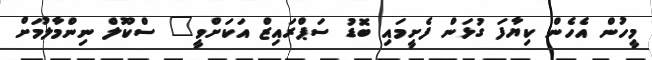
މީހުން އެހެން ކިޔާފަ ގުޅަން ފެށީމައި ބޮޑު ސަޕްރައިޒް އަކަށްވީ" ސްކޫލް ނިންމާލުމަށް